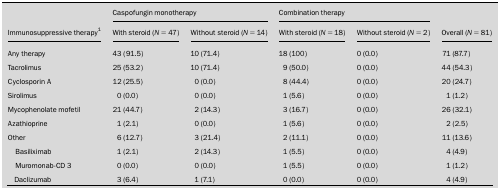
|  | <COLSPAN=2> Caspofungin monotherapy | <COLSPAN=2> Combination therapy |  |
 | Immunosuppressive therapy1 | With steroid (N=47) | Without steroid (N=14) | With steroid (N=18) | Without steroid (N=2) | Overall (N=81) |
 | --- | --- | --- | --- | --- | --- |
 | Any therapy | 43 (91.5) | 10 (71.4) | 18 (100) | 0 (0.0) | 71 (87.7) |
 | Tacrolimus | 25 (53.2) | 10 (71.4) | 9 (50.0) | 0 (0.0) | 44 (54.3) |
 | Cyclosporin A | 12 (25.5) | 0 (0.0) | 8 (44.4) | 0 (0.0) | 20 (24.7) |
 | Sirolimus | 0 (0.0) | 0 (0.0) | 1 (5.6) | 0 (0.0) | 1 (1.2) |
 | Mycophenolate mofetil | 21 (44.7) | 2 (14.3) | 3 (16.7) | 0 (0.0) | 26 (32.1) |
 | Azathioprine | 1 (2.1) | 0 (0.0) | 1 (5.6) | 0 (0.0) | 2 (2.5) |
 | Other | 6 (12.7) | 3 (21.4) | 2 (11.1) | 0 (0.0) | 11 (13.6) |
 | Basiliximab | 1 (2.1) | 2 (14.3) | 1 (5.5) | 0 (0.0) | 4 (4.9) |
 | Muromonab-CD 3 | 0 (0.0) | 0 (0.0) | 1 (5.5) | 0 (0.0) | 1 (1.2) |
 | Daclizumab | 3 (6.4) | 1 (7.1) | 0 (0.0) | 0 (0.0) | 4 (4.9) |